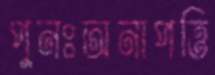
পুনঃঅনাপত্তি